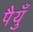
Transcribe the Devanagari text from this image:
पैयुँ